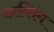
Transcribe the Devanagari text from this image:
स्प्रव्लिंग